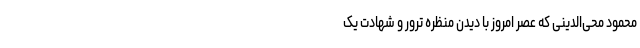
محمود محی‌الدینی‌ که‌ عصر امروز با دیدن‌ منظره‌ ترور و شهادت‌ یک‌